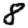
Digit: 8